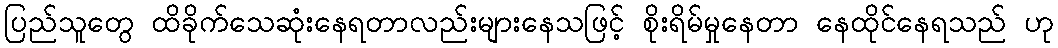
ပြည်သူတွေ ထိခိုက်သေဆုံးနေရတာလည်းများနေသဖြင့် စိုးရိမ်မှုနေတာ နေထိုင်နေရသည် ဟု